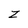
Character: Z